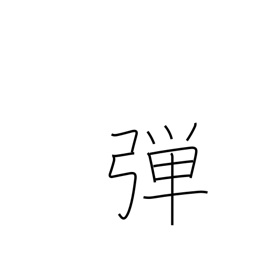
Meaning: twang